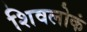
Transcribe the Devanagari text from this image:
शिवलोकं